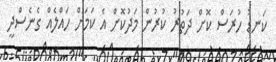
ކަނޑު ހުރަސް ކޮށް ދަތުރު ކުރުން މަދުކޮށް އެ ކަމަށް ހައްލެއް ގެނެސްދީ